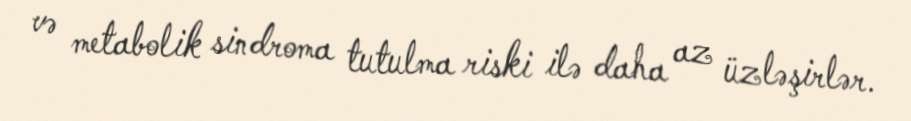
və metabolik sindroma tutulma riski ilə daha az üzləşirlər.